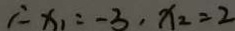
\therefore x _ { 1 } = - 3 , x _ { 2 } = 2